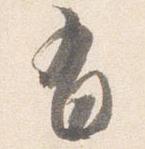
有